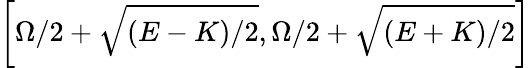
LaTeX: \left[\Omega/2+\sqrt{(E-K)/2},\Omega/2+\sqrt{(E+K)/2}\right]